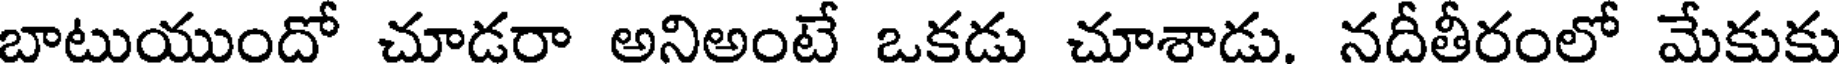
బాటుయుందో చూడరా అనిఅంటే ఒకడు చూశాడు. నదీతీరంలో మేకుకు